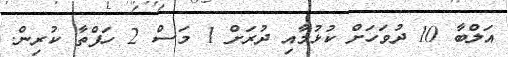
އަލްބާ 10 ދުވަހަށް ކުޅުމާއި ދުރަށް 1 މަސް 2 ހަފްތާ ކުރިން.